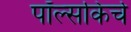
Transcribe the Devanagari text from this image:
पॉल्सकिर्चे